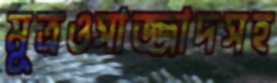
মূত্রওসাজ্জাদসহ